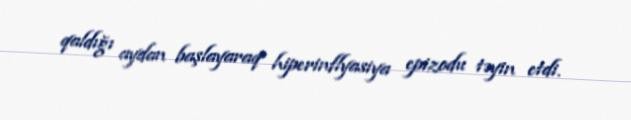
qaldığı aydan başlayaraq hiperinflyasiya epizodu təyin etdi.